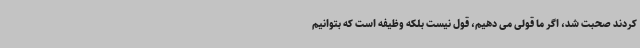
کردند صحبت شد، اگر ما قولی می دهیم، قول نیست بلکه وظیفه است که بتوانیم